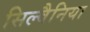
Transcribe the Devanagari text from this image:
सिल्वैनिया